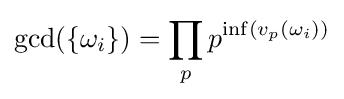
\displaystyle \operatorname {gcd} (\{\omega _{i}\})\displaystyle =\prod _{p}p^{\inf(v_{p}(\omega _{i}))}